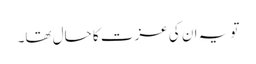
تو یہ ان کی عزت کا حال تھا۔